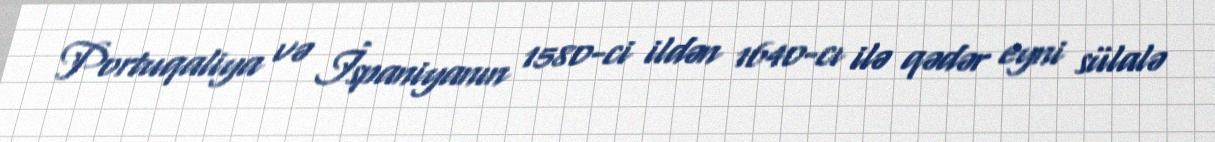
Portuqaliya və İspaniyanın 1580-ci ildən 1640-cı ilə qədər eyni sülalə